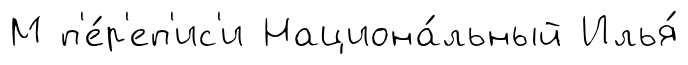
М п'е́р'еп'ис'и Национа́льный Илья́